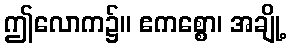
ဤလောက၌။ ဧကစ္စော၊ အချို့